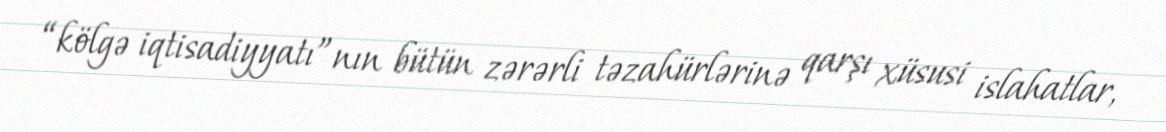
“kölgə iqtisadiyyatı”nın bütün zərərli təzahürlərinə qarşı xüsusi islahatlar,